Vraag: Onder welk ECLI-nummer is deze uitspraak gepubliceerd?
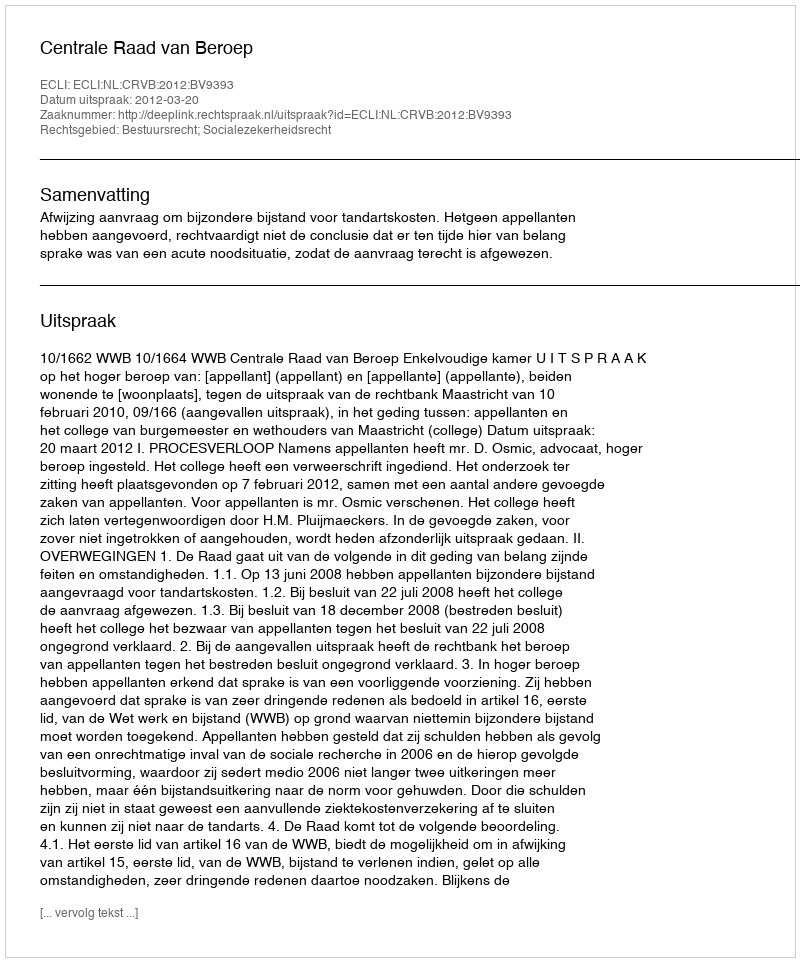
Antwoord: ECLI:NL:CRVB:2012:BV9393